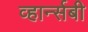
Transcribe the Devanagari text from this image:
व्हार्न्सबी